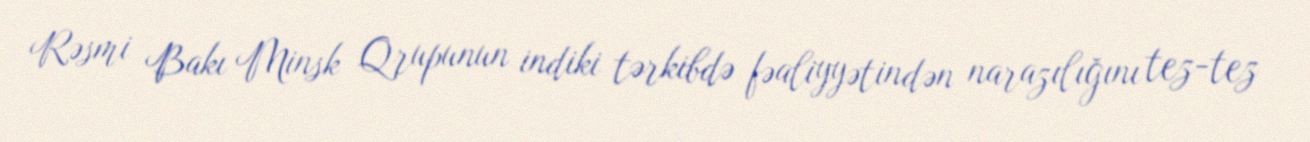
Rəsmi Bakı Minsk Qrupunun indiki tərkibdə fəaliyyətindən narazılığını tez-tez